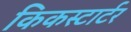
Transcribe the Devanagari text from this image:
किकस्टार्टर